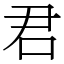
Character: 君